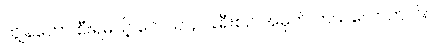
ကျွန်တော် စီးရမယ့် လေယာဉ် ခရီးစဉ် အမှတ် ဘယ်လောက်လဲ။